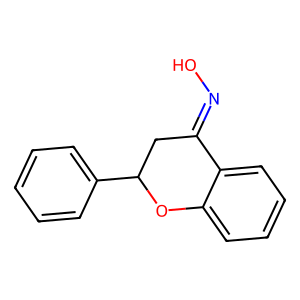
SMILES: ON=C1CC(c2ccccc2)Oc2ccccc21
Inhibits HIV replication: No